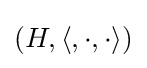
(H,\langle ,\cdot ,\cdot \rangle )